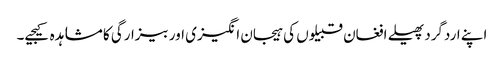
اپنے اردگرد پھیلے افغان قبیلوں کی ہیجان انگیزی اور بیزارگی کا مشاہدہ کیجیے۔